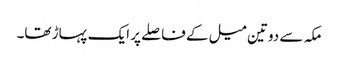
مکہ سے دوتین میل کے فاصلے پر ایک پہاڑ تھا۔